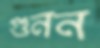
গুনন